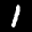
Label: 1